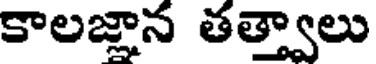
కాలజ్లాన తత్వాలు